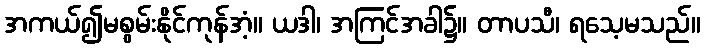
အကယ်၍မစွမ်းနိုင်ကုန်အံ့။ ယဒါ၊ အကြင်အခါ၌။ တာပသီ၊ ရသေ့မသည်။